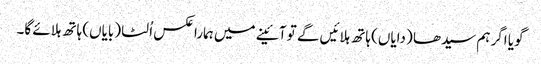
گویا اگر ہم سیدھا (دایاں) ہاتھ ہلائیں گے تو آئینے میں ہمارا عکس اُلٹا (بایاں) ہاتھ ہلائے گا۔